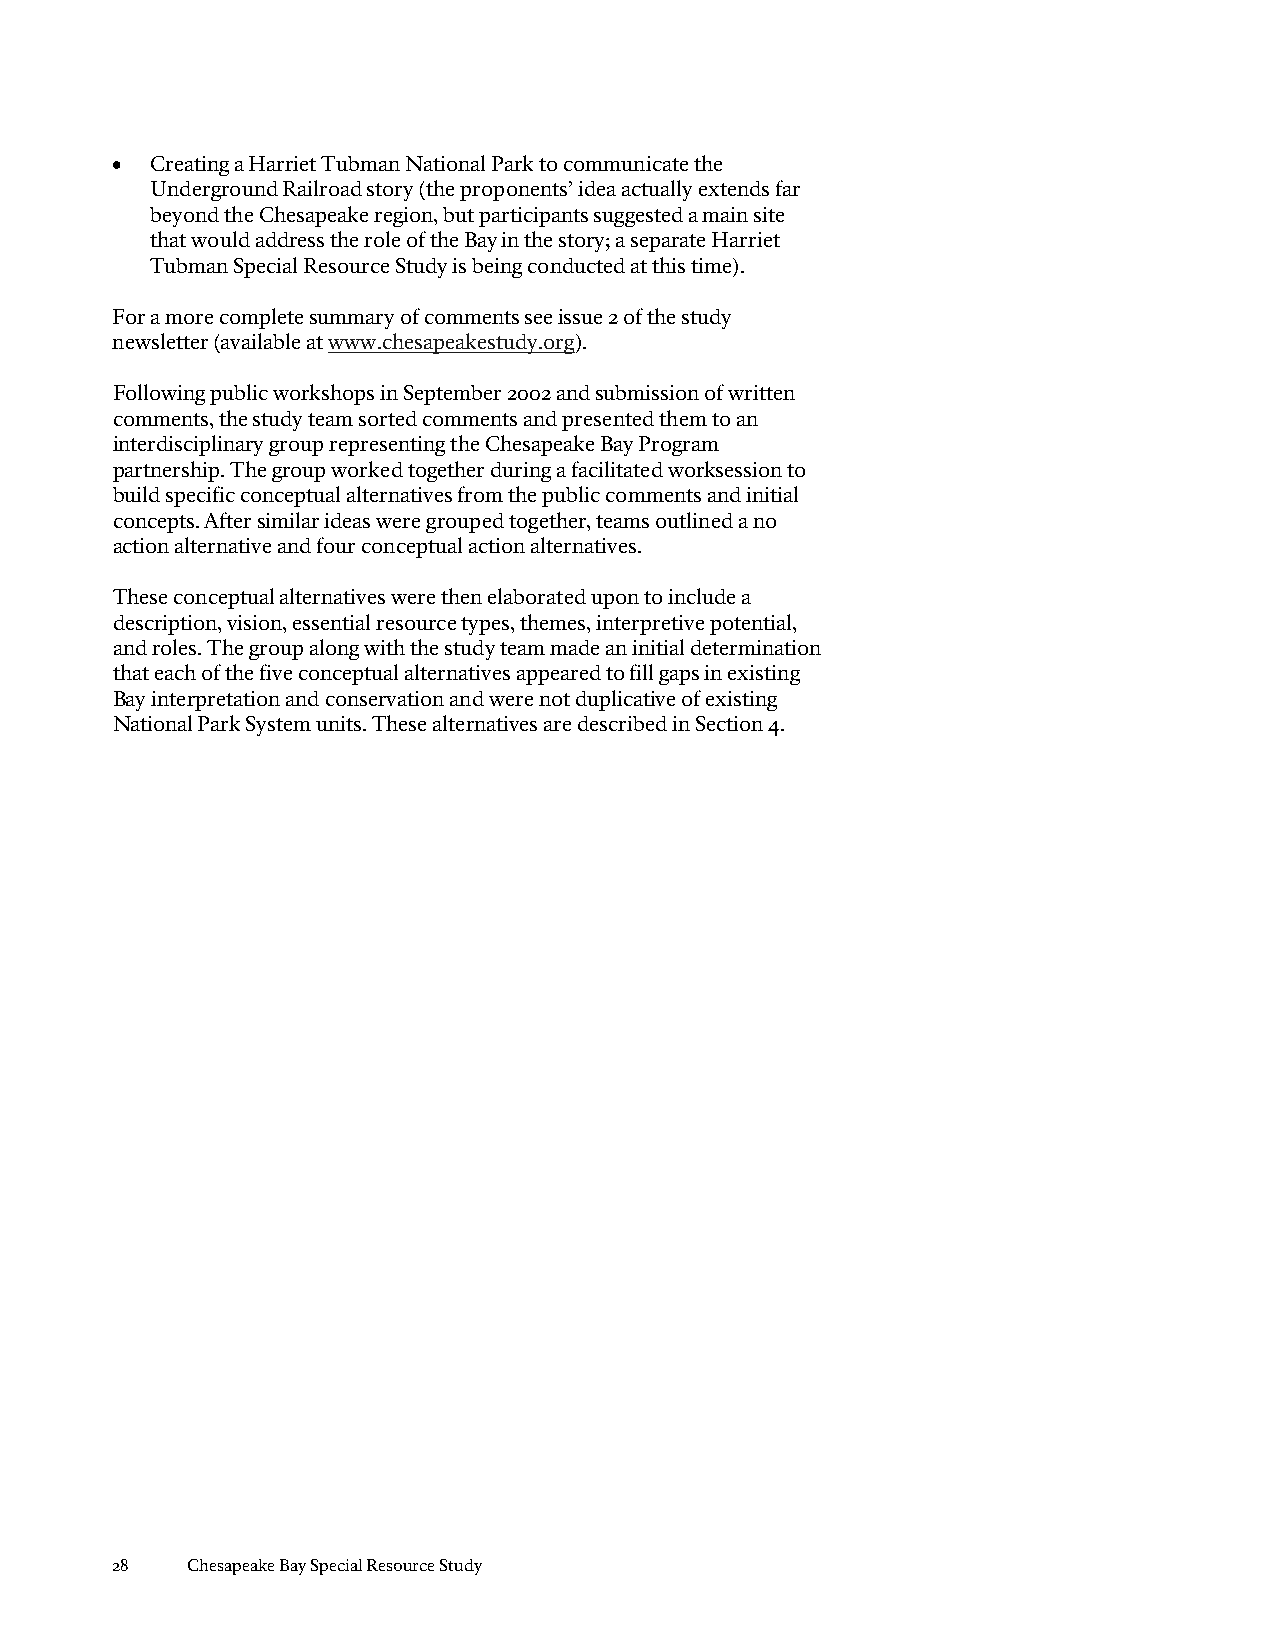
•  Creating a Harriet Tubman National Park to communicate the
 Underground Railroad story (the proponents’ idea actually extends far
 beyond the Chesapeake region, but participants suggested a main site
 that would address the role of the Bay in the story; a separate Harriet
 Tubman Special Resource Study is being conducted at this time).
 For a more complete summary of comments see issue 2 of the study
 newsletter (available at www.chesapeakestudy.org).
 Following public workshops in September 2002 and submission of written
 comments, the study team sorted comments and presented them to an
 interdisciplinary group representing the Chesapeake Bay Program
 partnership. The group worked together during a facilitated worksession to
 build specific conceptual alternatives from the public comments and initial
 concepts. After similar ideas were grouped together, teams outlined a no
 action alternative and four conceptual action alternatives.
 These conceptual alternatives were then elaborated upon to include a
 description, vision, essential resource types, themes, interpretive potential,
 and roles. The group along with the study team made an initial determination
 that each of the five conceptual alternatives appeared to fill gaps in existing
 Bay interpretation and conservation and were not duplicative of existing
 National Park System units. These alternatives are described in Section 4.
 28   Chesapeake Bay Special Resource Study